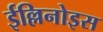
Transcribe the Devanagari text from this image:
ईल्लिनोइस